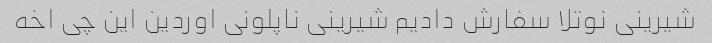
شیرینی نوتلا سفارش دادیم شیرینی ناپلونی اوردین این چی اخه